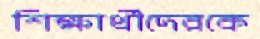
শিক্ষার্থীদেরকে